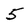
Character: 5